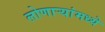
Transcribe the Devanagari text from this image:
लोणार्‍यांमध्ये